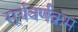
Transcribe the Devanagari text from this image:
सूर्यवर्णक्रम